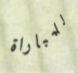
للمباراة